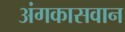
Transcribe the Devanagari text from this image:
अंगकासवान